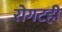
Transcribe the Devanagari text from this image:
रोगटही